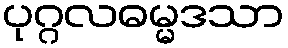
ပုဂ္ဂလဓမ္မဒသာ